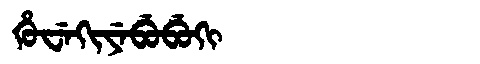
Manchu: ᡥᡠᠸᡝᡴᡳᠶᡝᠪᡠᠪᡠᡴᡳ
Romanization: HUWEKIYEBUBUKI